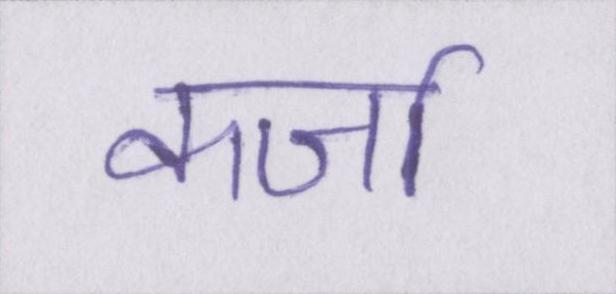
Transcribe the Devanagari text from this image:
कर्जा